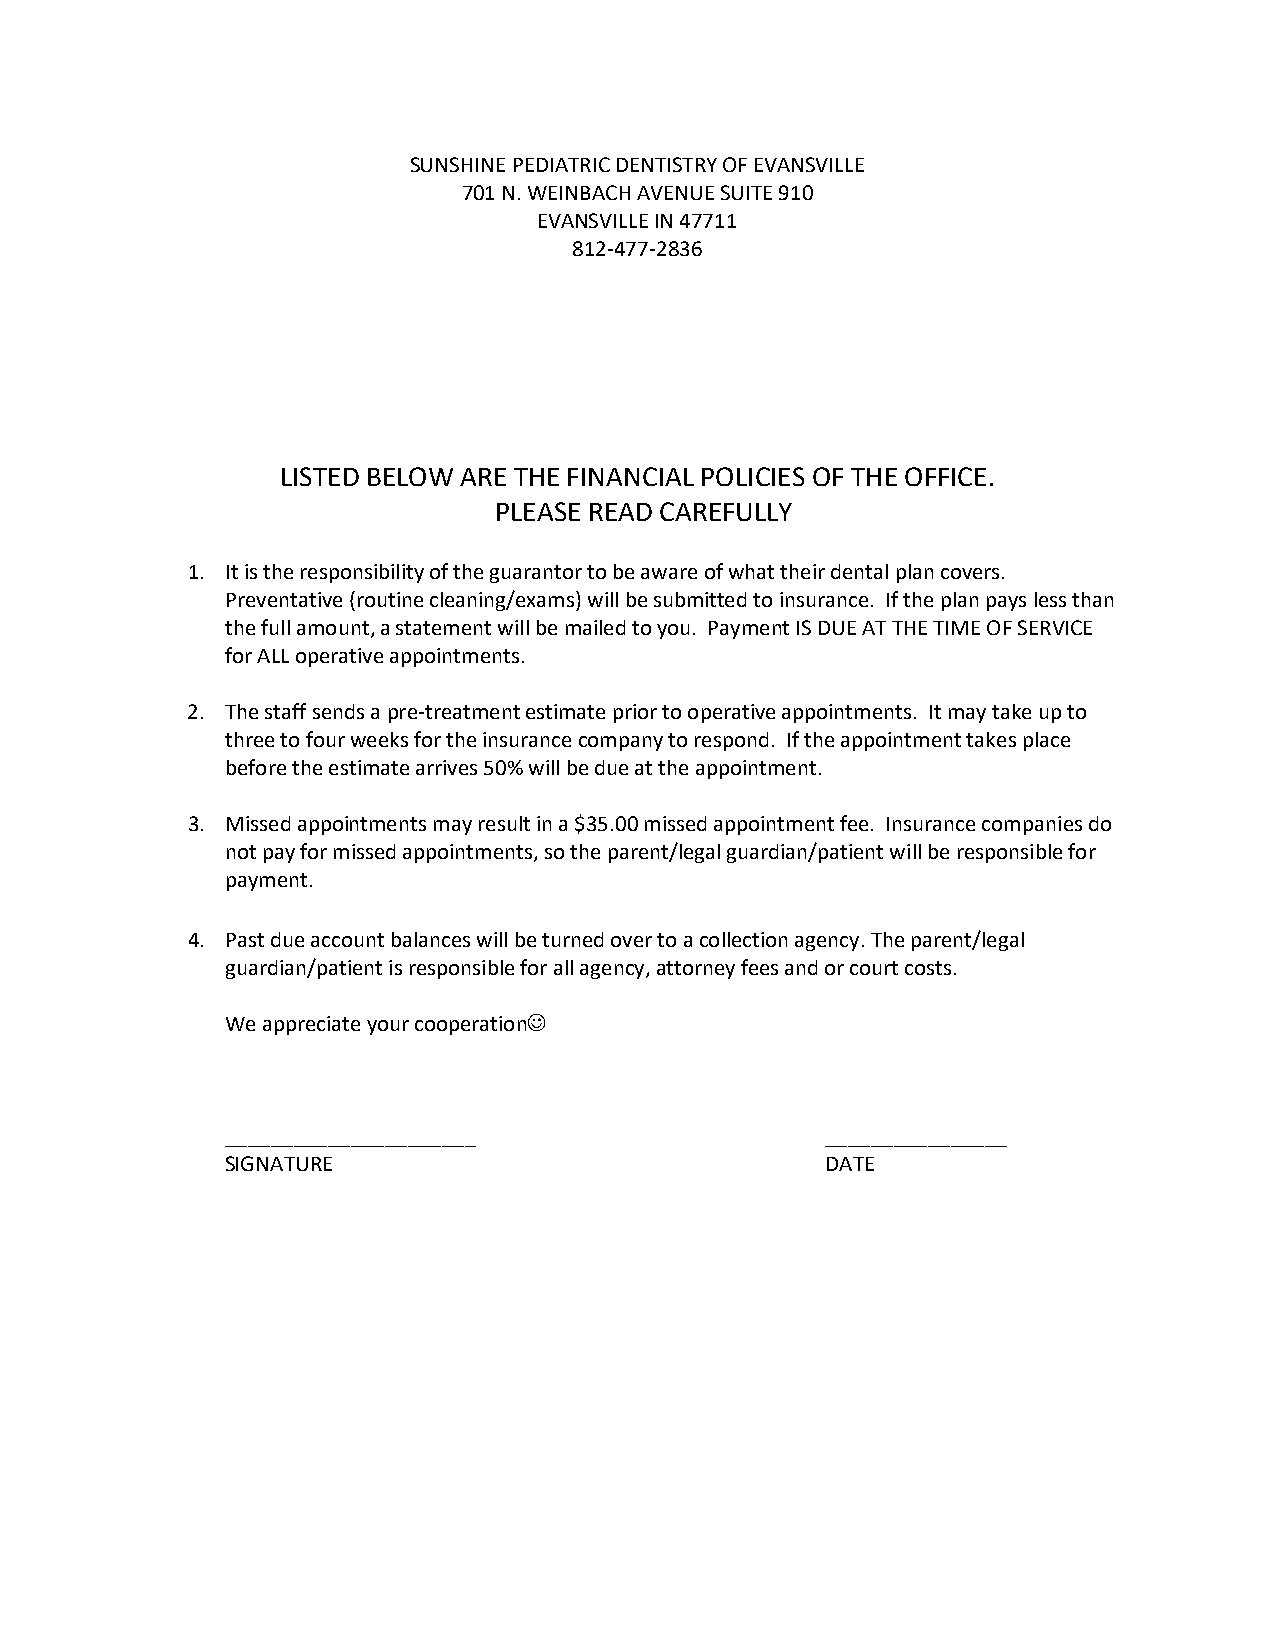
SUNSHINE PEDIATRIC DENTISTRY OF EVANSVILLE
 701 N. WEINBACH AVENUE SUITE 910
 EVANSVILLE IN 47711
 812-477-2836
 LISTED BELOW ARE THE FINANCIAL POLICIES OF THE OFFICE.
 PLEASE READ CAREFULLY
 1. It is the responsibility of the guarantor to be aware of what their dental plan covers.
 Preventative (routine cleaning/exams) will be submitted to insurance. If the plan pays less than
 the full amount, a statement will be mailed to you. Payment IS DUE AT THE TIME OF SERVICE
 for ALL operative appointments.
 2. The staff sends a pre-treatment estimate prior to operative appointments. It may take up to
 three to four weeks for the insurance company to respond. If the appointment takes place
 before the estimate arrives 50% will be due at the appointment.
 3. Missed appointments may result in a $35.00 missed appointment fee. Insurance companies do
 not pay for missed appointments, so the parent/legal guardian/patient will be responsible for
 payment.
 4. Past due account balances will be turned over to a collection agency. The parent/legal
 guardian/patient is responsible for all agency, attorney fees and or court costs.
 We appreciate your cooperation
 ______________________                  ________________
 SIGNATURE                               DATE